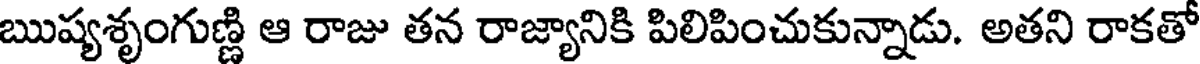
ఋష్యశృంగుణ్ణి ఆ రాజు తన రాజ్యానికి పిలిపించుకున్నాడు. అతని రాకతో